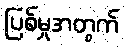
ပြစ်မှုအတွက်